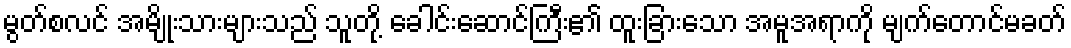
မွတ်စလင် အမျိုးသားများသည် သူတို့ ခေါင်းဆောင်ကြီး၏ ထူးခြားသော အမူအရာကို မျက်တောင်မခတ်